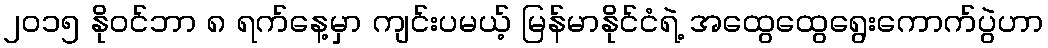
၂ဝ၁၅ နိုဝင်ဘာ ၈ ရက်နေ့မှာ ကျင်းပမယ့် မြန်မာနိုင်ငံရဲ့ အထွေထွေရွေးကောက်ပွဲဟာ